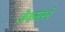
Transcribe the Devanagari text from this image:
जेकर्सनने